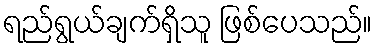
ရည်ရွယ်ချက်ရှိသူ ဖြစ်ပေသည်။